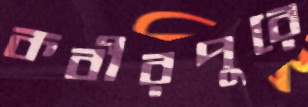
কবীরপুরে